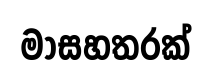
මාසහතරක්